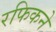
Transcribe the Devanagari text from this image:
रफिकने